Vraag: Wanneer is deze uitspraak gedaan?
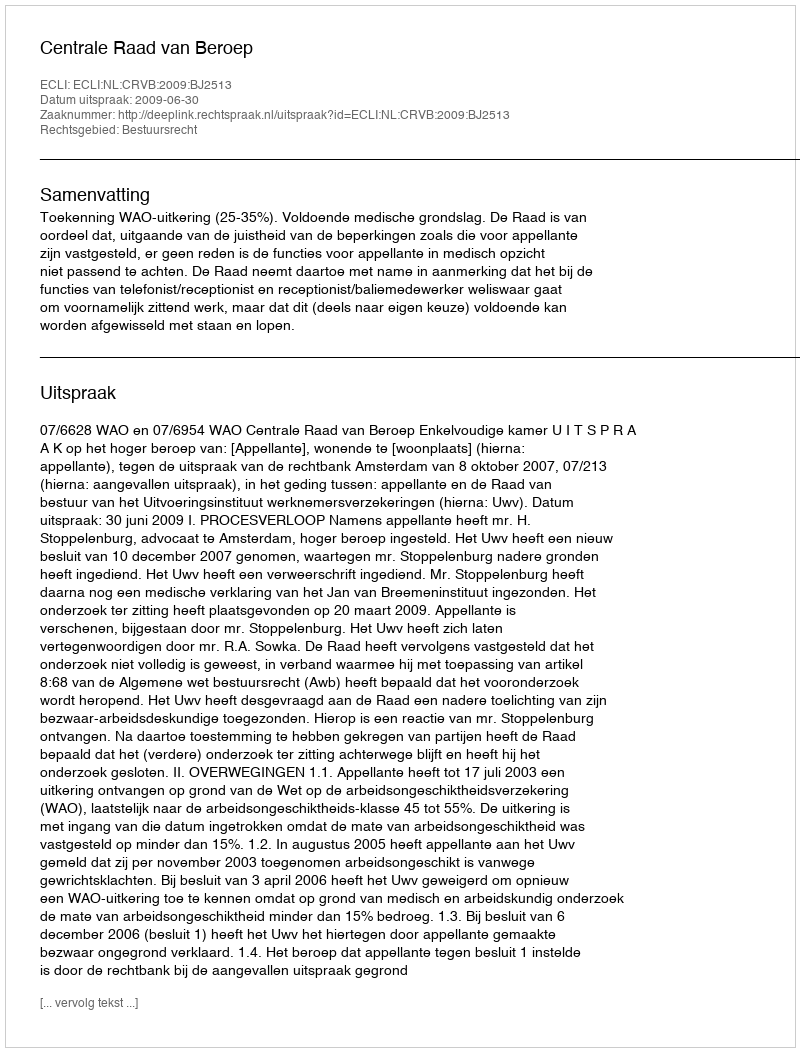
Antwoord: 2009-06-30